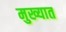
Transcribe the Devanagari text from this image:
मुख्यात